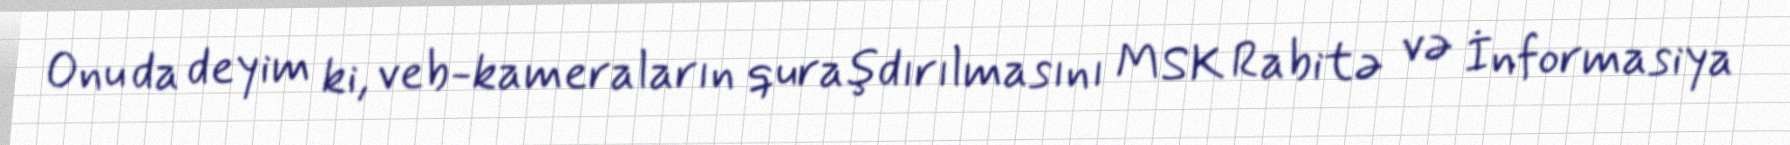
Onu da deyim ki, veb-kameraların quraşdırılmasını MSK Rabitə və İnformasiya